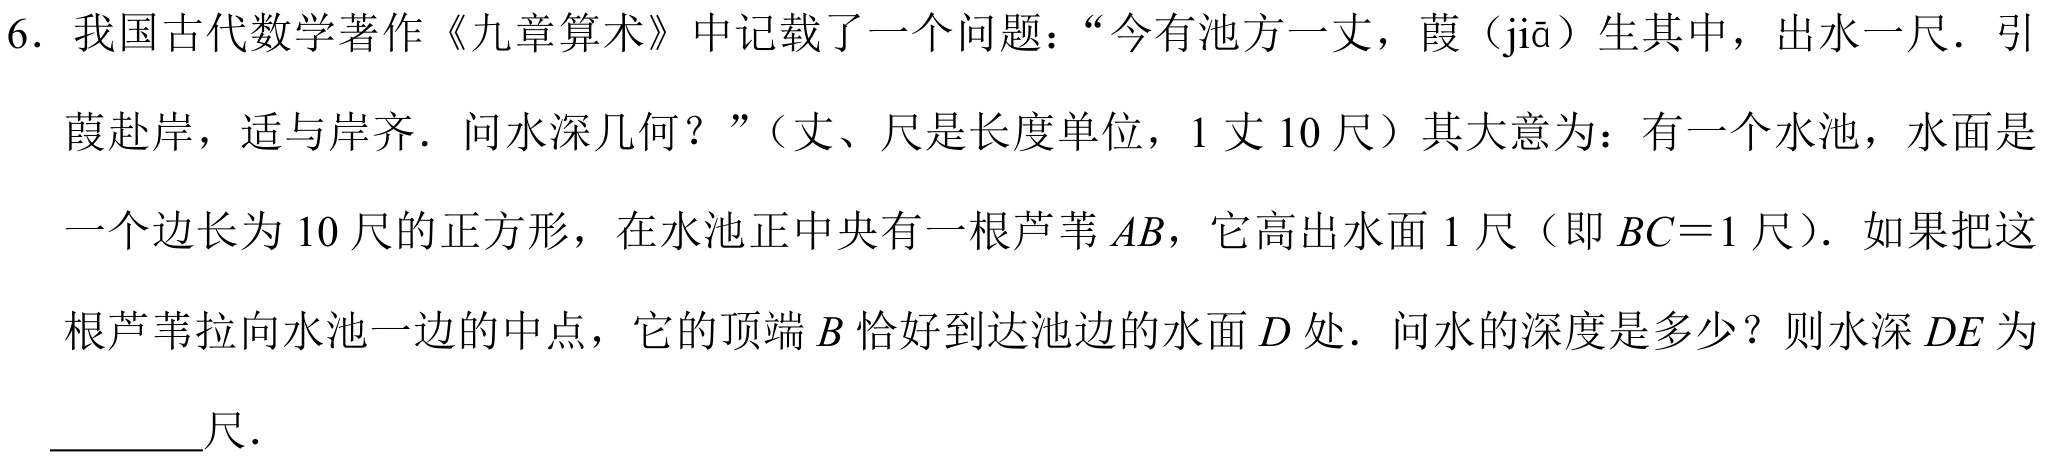
6. 我国古代数学著作《九章算术》中记载了一个问题：“今有池方一丈，葭（jiā）生其中，出水一尺．引
葭赴岸，适与岸齐．问水深几何？”（丈、尺是长度单位，1丈10尺）其大意为：有一个水池，水面是
一个边长为10尺的正方形，在水池正中央有一根芦苇 \(AB\)，它高出水面1尺（即 \(BC = 1\) 尺）．如果把这
根芦苇拉向水池一边的中点，它的顶端 \(B\) 恰好到达池边的水面 \(D\) 处．问水的深度是多少？则水深 \(DE\) 为
________尺．